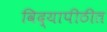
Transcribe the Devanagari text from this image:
विद्यापीठीत